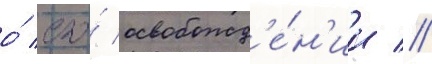
о́ его́ освобожд'е́н'ии //